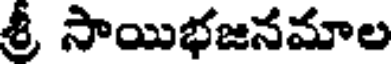
శ్రీ సాయిభజనమాల